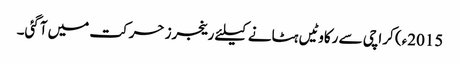
2015ء) کراچی سے رکاوٹیں ہٹانے کیلئے رینجرز حرکت میں آگئی۔